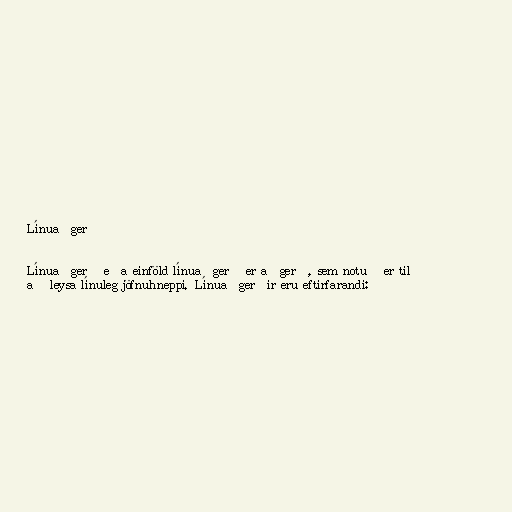
Línuaðgerð

Línuaðgerð eða einföld línuaðgerð er aðgerð, sem notuð er til
að leysa línuleg jöfnuhneppi. Línuaðgerðir eru eftirfarandi: